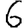
Digit: 6